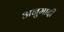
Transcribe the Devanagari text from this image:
अनुमादी